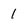
Character: 1